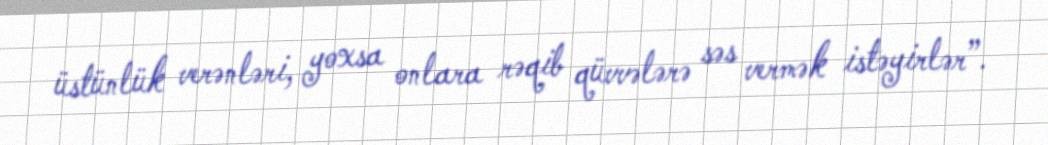
üstünlük verənləri, yoxsa onlara rəqib qüvvələrə səs vermək istəyirlər”.